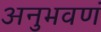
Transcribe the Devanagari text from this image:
अनुभवणं